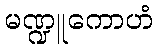
မဏ္ဍူကောဟံ